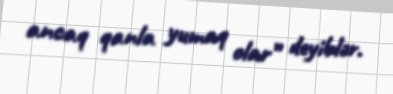
ancaq qanla yumaq olar” deyiblər.